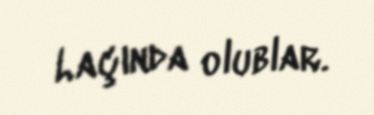
Laçında olublar.